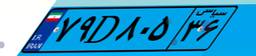
۷۹D۸۰۵۳۶